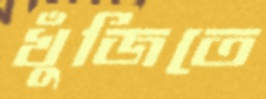
খুঁজিতে